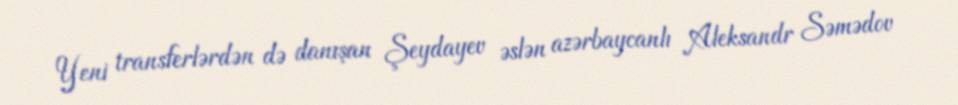
Yeni transferlərdən də danışan Şeydayev əslən azərbaycanlı Aleksandr Səmədov